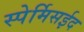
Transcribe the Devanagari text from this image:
स्पेर्मिसईद